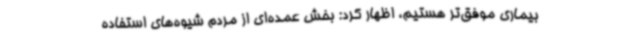
بیماری موفق‌تر هستیم، اظهار کرد: بخش عمده‌ای از مردم شیوه‌های استفاده